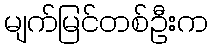
မျက်မြင်တစ်ဦးက